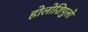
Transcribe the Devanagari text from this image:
होलोशिपुलो